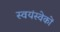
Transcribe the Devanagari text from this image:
स्वयंस्वेकों